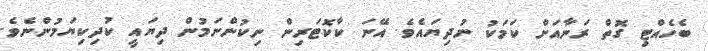
ބެެހެއްޓި ގޮތް ރަނާއަށް ކަމަކު ނުދިޔައެވެ. އޭނަ ކާކޮޓަރިން ނިކުންނަމުން ދިޔައީ ކުދިކިޔަމުންނެވެ.